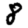
Digit: 8